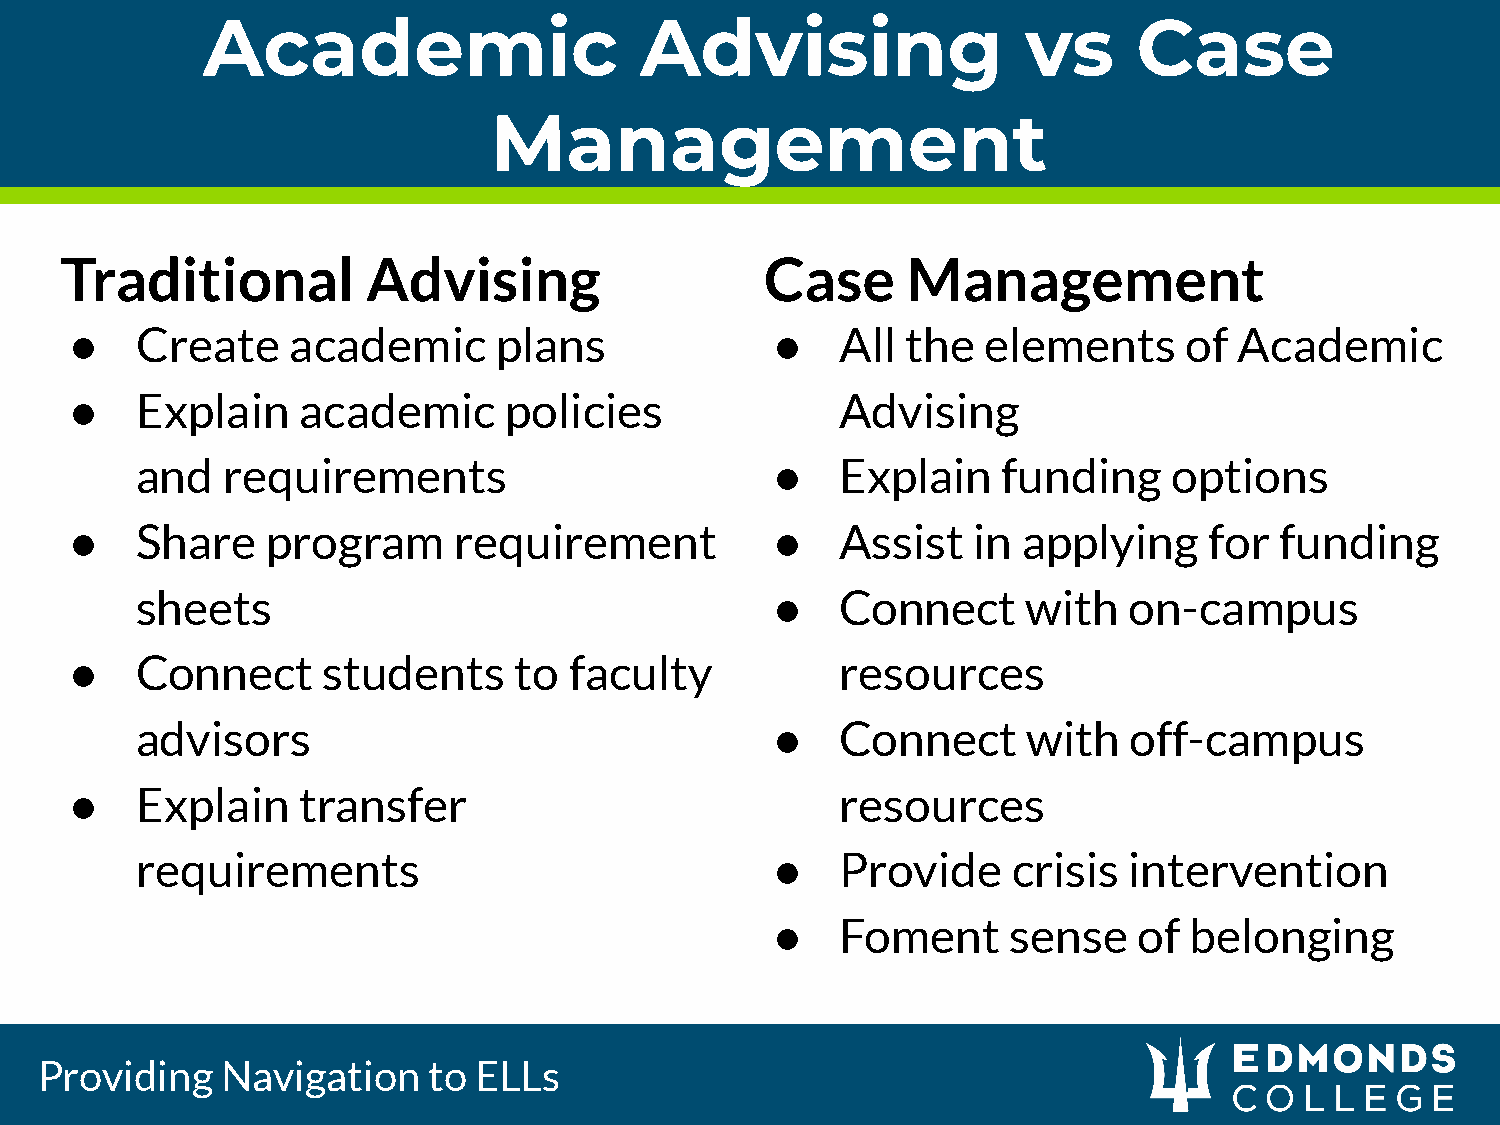
Academic                     Advising                  vs     Case
 Management
 10
 Traditional         Advising                   Case     Management
 ●   Create    academic      plans             ●    All the  elements      of Academic
 ●   Explain    academic     policies               Advising
 and   requirements                        ●    Explain   funding     options
 ●   Share    program     requirement          ●    Assist  in  applying    for  funding
 sheets                                    ●    Connect     with   on-campus
 ●   Connect     students     to  faculty           resources
 advisors                                  ●    Connect     with   off-campus
 ●   Explain    transfer                            resources
 requirements                              ●    Provide    crisis  intervention
 ●    Foment     sense   of  belonging
 Providing    Navigation   to ELLs